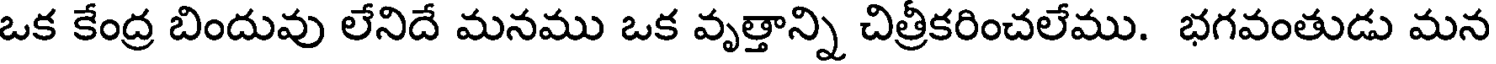
ఒక కేంద్ర బిందువు లేనిదే మనము ఒక వృత్తాన్ని చిత్రీకరించలేము. భగవంతుడు మన